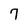
Character: 7